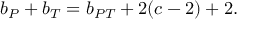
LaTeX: b _ { P } + b _ { T } = b _ { P T } + 2 ( c - 2 ) + 2 .